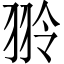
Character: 𫅤